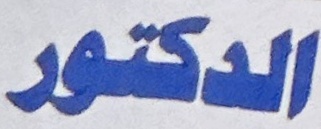
الدكتور